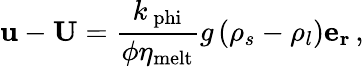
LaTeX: \mathbf{u}-\mathbf{U}=\frac{k_{\mathrm{\ phi}}}{\phi\eta_{\mathrm{melt}}}{g}\left(\rho_{s}-\rho_{l}\right)\mathbf{e_{r}}\, ,